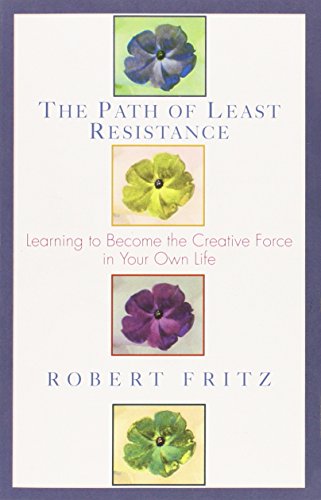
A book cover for Path of Least Resistance: Learning to Become the Creative Force in Your Own Life; Robert Fritz; Health, Fitness & Dieting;